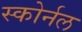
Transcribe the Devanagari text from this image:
स्कोर्नल